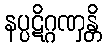
နပ္ပဋိဂ္ဂဏှန္တိ